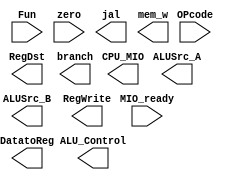
`timescale 1ns / 1ps
//////////////////////////////////////////////////////////////////////////////////
// Company: 
// Engineer: 
// 
// Design Name: 
// Module Name:    SCPU_ctrl_more 
// Project Name: 
// Target Devices: 
// Tool versions: 
// Description: 
//
// Dependencies: 
//
// Revision: 
// Revision 0.01 - File Created
// Additional Comments: 
//
//////////////////////////////////////////////////////////////////////////////////
module SCPU_ctrl_more(input[5:0]OPcode,
							 input[5:0]Fun,
							 input MIO_ready,
							 input zero,
							 output RegDst,
							 output ALUSrc_A,
							 output ALUSrc_B,
							 output[1:0]DatatoReg,
							 output jal,
							 output[1:0]branch,
							 output RegWrite,
							 output[2:0]ALU_Control,
							 output mem_w,
							 output CPU_MIO
							
						
    );


endmodule